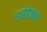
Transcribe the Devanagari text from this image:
हाइंडेनबर्ग